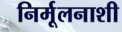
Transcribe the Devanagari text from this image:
निर्मूलनाशी